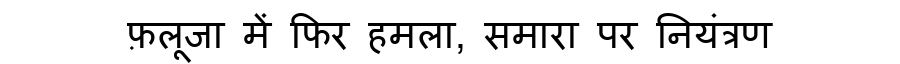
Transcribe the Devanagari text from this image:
फ़लूजा में फिर हमला, समारा पर नियंत्रण